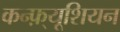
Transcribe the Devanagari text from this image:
कन्फ़्यूशियन